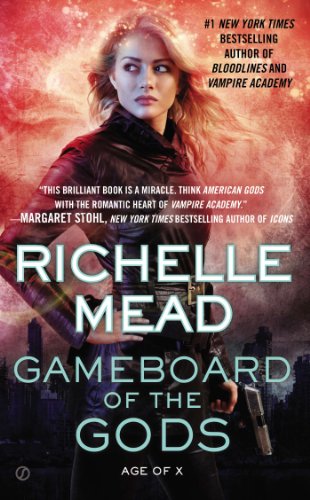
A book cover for Gameboard of the Gods: Age of X; Richelle Mead; Romance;